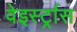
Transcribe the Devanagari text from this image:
वेइर्स्ट्रास